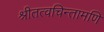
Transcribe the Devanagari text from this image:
श्रीतत्वचिन्तामणि